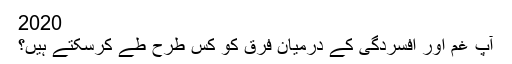
2020
آپ غم اور افسردگی کے درمیان فرق کو کس طرح طے کرسکتے ہیں؟